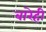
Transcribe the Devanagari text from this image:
बारेही